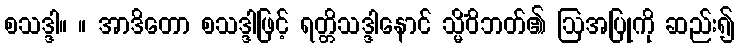
စသဒ္ဒါ။ ။ အာဒိတော စသဒ္ဒါဖြင့် ရတ္တိသဒ္ဒါနောင် သ္မိံဝိဘတ်၏ ဩအပြုကို ဆည်း၍